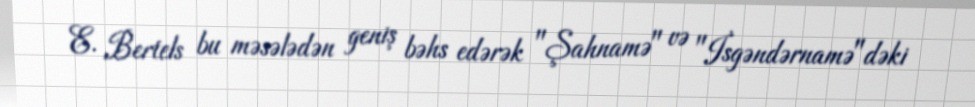
E. Bertels bu məsələdən geniş bəhs edərək "Şahnamə" və "İsgəndərnamə"dəki